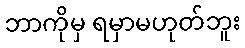
ဘာကိုမှ ရမှာမဟုတ်ဘူး